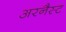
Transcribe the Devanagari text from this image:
अरनैस्ट